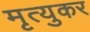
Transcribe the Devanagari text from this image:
मृत्युकर